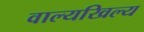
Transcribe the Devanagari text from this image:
वाल्यखिल्य